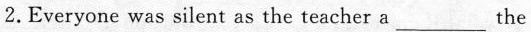
2.Everyone was silent as the teacher a ___the